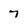
Character: 7